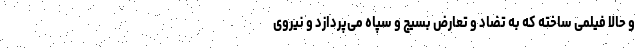
و حالا فیلمی ساخته که به تضاد و تعارض بسیج و سپاه می‌پردازد و نیروی